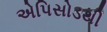
એપિસોડથી